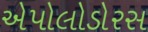
એપોલોડોરસ